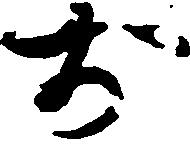
お